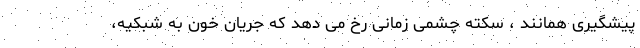
پیشگیری همانند ، سکته چشمی زمانی رخ می دهد که جریان خون به شبکیه،